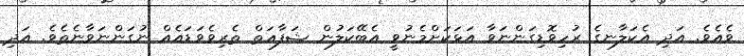
ވެއެވެ. އަދި އެކަލާނގެ ރުހިވޮޑިގަންނަވާ އަޅަކަށްމެނުވީ އެބޭކަލުން ޝަފާޢަތް ތެރިވެވަޑައެއް ނުގަންނަވާނެތެވެ. އަދި